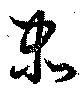
泰